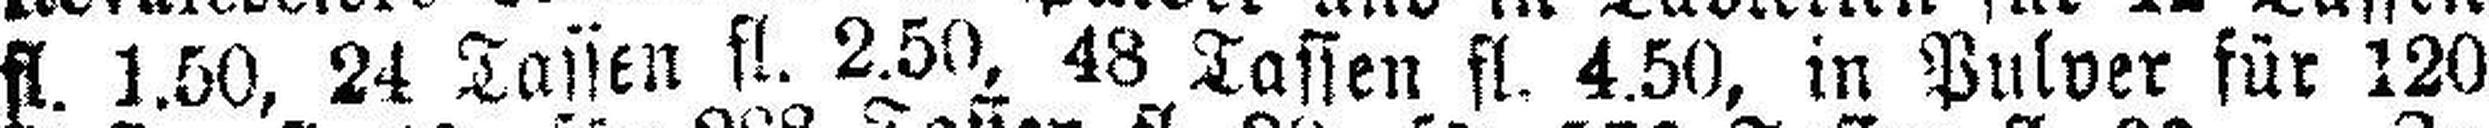
fl. 1.50, 24 Tassen fl. 2.50, 48 Tassen fl. 4.50, in Pulver für 120